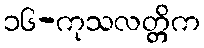
၁၆-ကုသလတ္တိက